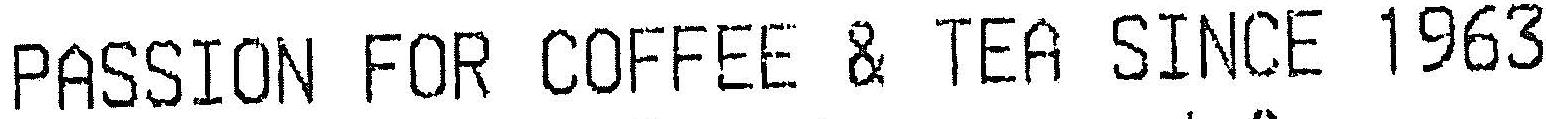
PASSION FOR COFFEE & TEA SINCE 1963